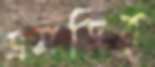
এমডির